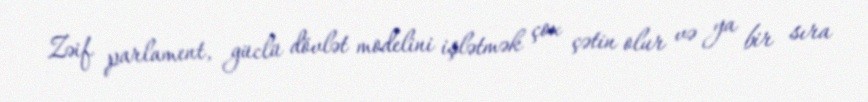
Zəif parlament, güclü dövlət modelini işlətmək çox çətin olur və ya bir sıra